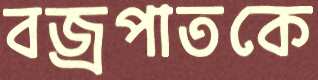
বজ্রপাতকে